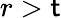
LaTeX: r>\mathsf{t}